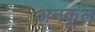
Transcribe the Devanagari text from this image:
अनकूल